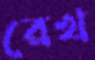
রেখ